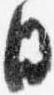
日